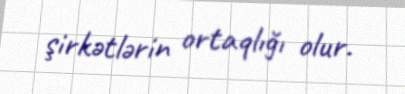
şirkətlərin ortaqlığı olur.